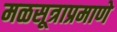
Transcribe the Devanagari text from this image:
मळसूत्राप्रमाणे